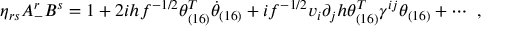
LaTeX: \eta _ { r s } A _ { - } ^ { r } B ^ { s } = 1 + 2 i h f ^ { - 1 / 2 } \theta _ { ( 1 6 ) } ^ { T } \dot { \theta } _ { ( 1 6 ) } + i f ^ { - 1 / 2 } v _ { i } \partial _ { j } h \theta _ { ( 1 6 ) } ^ { T } \gamma ^ { i j } \theta _ { ( 1 6 ) } + \cdots ~ ,